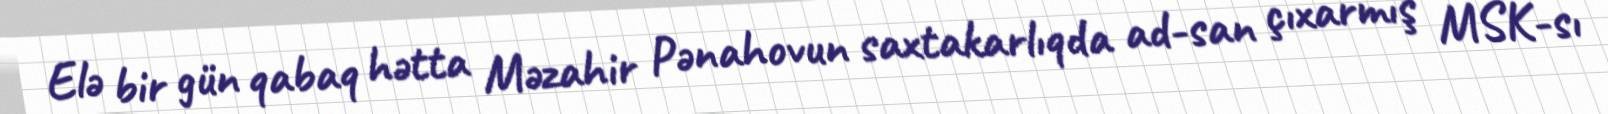
Elə bir gün qabaq hətta Məzahir Pənahovun saxtakarlıqda ad-san çıxarmış MSK-sı